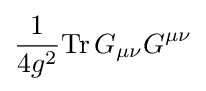
{\frac {1}{4g^{2}}}{\rm {Tr}}\,G_{\mu \nu }G^{\mu \nu }